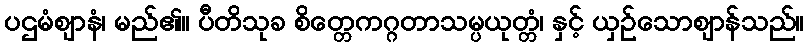
ပဌမံဈာနံ၊ မည်၏။ ပီတိသုခ စိတ္တေကဂ္ဂတာသမ္ပယုတ္တံ၊ နှင့် ယှဉ်သောဈာန်သည်။